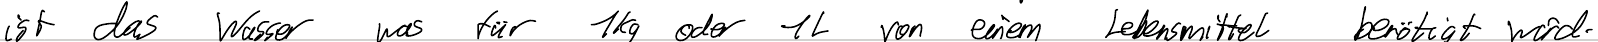
ist das Wasser was für 1kg oder 1L von einem Lebensmittel benötigt wird.